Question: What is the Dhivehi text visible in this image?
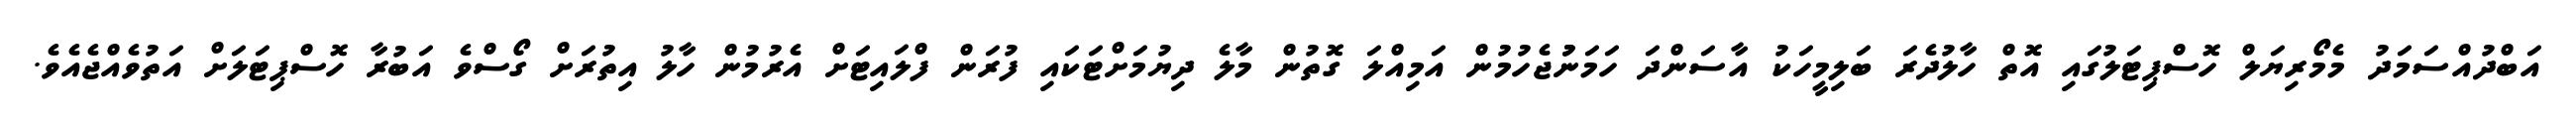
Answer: އަބްދުއްސަމަދު މެމޯރިޔަލް ހޮސްޕިޓަލުގައި އޮތް ހާލުދެރަ ބަލިމީހަކު އާސަންދަ ހަމަނުުޖެހުމުން އަމިއްލަ ގޮތުން މާލެ ދިޔުމަށްޓަކައި ފުރަން ފްލައިޓަށް އެރުމުން ހާލު އިތުރަށް ގޯސްވެ އަބުރާ ހޮސްޕިޓަލަށް އަތުވެއްޖެއެވެ.